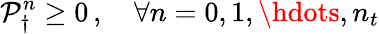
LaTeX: \mathcal P_{\dagger}^{n}\ge 0\, ,\quad\forall n=0,1,\hdots,n_{t}